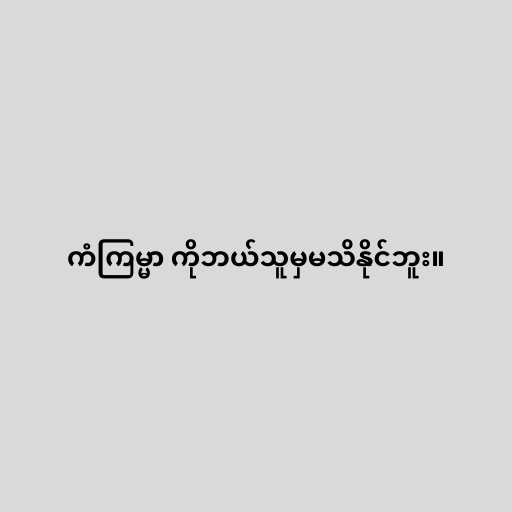
ကံကြမ္မာ ကိုဘယ်သူမှမသိနိုင်ဘူး။